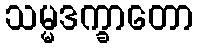
သမ္မဒက္ခာတော